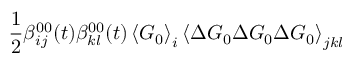
\frac { 1 } { 2 } \beta _ { i j } ^ { 0 0 } ( t ) \beta _ { k l } ^ { 0 0 } ( t ) \left\langle \boldsymbol { G } _ { 0 } \right\rangle _ { i } \left\langle \Delta \boldsymbol { G } _ { 0 } \Delta \boldsymbol { G } _ { 0 } \Delta \boldsymbol { G } _ { 0 } \right\rangle _ { j k l }